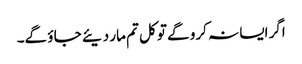
اگر ایسا نہ کرو گے تو کل تم مار دیئے جا ؤ گے۔